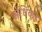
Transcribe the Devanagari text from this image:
संधिकर